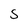
Character: S